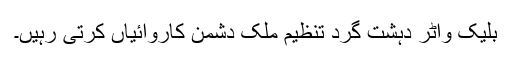
بلیک واٹر دہشت گرد تنظیم ملک دشمن کاروائیاں کرتی رہیں۔